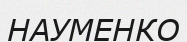
НАУМЕНКО